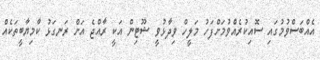
އެއްބަސްވުމުގައި ސޮއިކުރެއްވުމަށްފަހު މަލީހް ވިދާޅުވީ ޝޫޓިން އަކީ ރާއްޖެ އަށް ރަނގަޅު ކާމިޔާބީތަކެއް